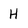
Character: H